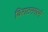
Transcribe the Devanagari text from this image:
विराटनगरमे